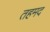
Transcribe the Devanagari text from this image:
तहमद